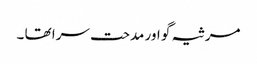
مرثیہ گو اور مدحت سرا تھا ۔